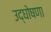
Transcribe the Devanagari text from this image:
उद्‌घोषणा